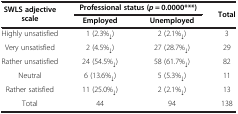
<table><thead><tr><td rowspan="2"><b>SWLS adjective scale</b></td><td colspan="2"><b>Professional status (<i>p</i> = 0.0000***)</b></td><td rowspan="2"><b>Total</b></td></tr><tr><td><b>Employed</b></td><td><b>Unemployed</b></td></tr></thead><tbody><tr><td>Highly unsatisfied</td><td>1 (2.3%<sub>↓</sub>)</td><td>2 (2.1%<sub>↓</sub>)</td><td>3</td></tr><tr><td>Very unsatisfied</td><td>2 (4.5%<sub>↓</sub>)</td><td>27 (28.7%<sub>↓</sub>)</td><td>29</td></tr><tr><td>Rather unsatisfied</td><td>24 (54.5%<sub>↓</sub>)</td><td>58 (61.7%<sub>↓</sub>)</td><td>82</td></tr><tr><td>Neutral</td><td>6 (13.6%<sub>↓</sub>)</td><td>5 (5.3%<sub>↓</sub>)</td><td>11</td></tr><tr><td>Rather satisfied</td><td>11 (25.0%<sub>↓</sub>)</td><td>2 (2.1%<sub>↓</sub>)</td><td>13</td></tr><tr><td>Total</td><td>44</td><td>94</td><td>138</td></tr></tbody></table>